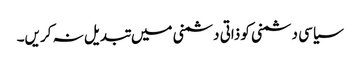
سیاسی دشمنی کو ذاتی دشمنی میں تبدیل نہ کریں۔